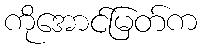
ကိုအောင်မြတ်က